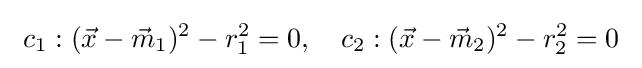
\ c_{1}:({\vec {x}}-{\vec {m}}_{1})^{2}-r_{1}^{2}=0,\quad c_{2}:({\vec {x}}-{\vec {m}}_{2})^{2}-r_{2}^{2}=0\